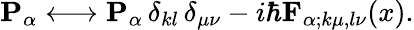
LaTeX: {\mathbf{P}}_{\alpha}\longleftrightarrow{\mathbf{P}}_{\alpha}\, \delta_{kl}\, \delta_{\mu\nu}-i\hbar{\mathbf{F}}_{\alpha;k\mu,l\nu}(x).